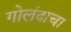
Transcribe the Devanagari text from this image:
गोलंदाचा